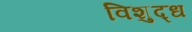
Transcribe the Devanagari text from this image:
विशुद्‍ध